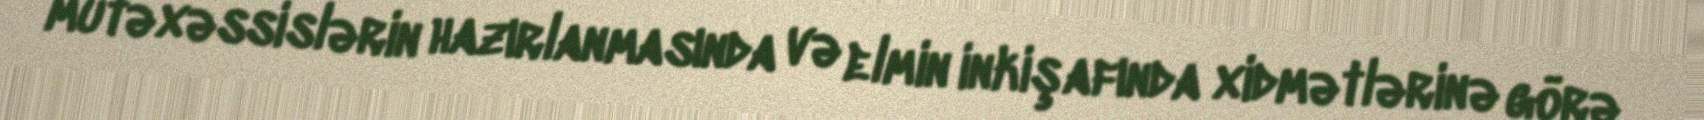
mütəxəssislərin hazırlanmasında və elmin inkişafında xidmətlərinə görə